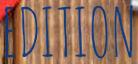
EDITION